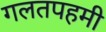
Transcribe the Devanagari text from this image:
गलतपहमी